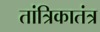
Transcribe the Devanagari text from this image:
तांत्रिकातंत्र